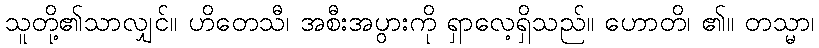
သူတို့၏သာလျှင်။ ဟိတေသီ၊ အစီးအပွားကို ရှာလေ့ရှိသည်။ ဟောတိ၊ ၏။ တသ္မာ၊